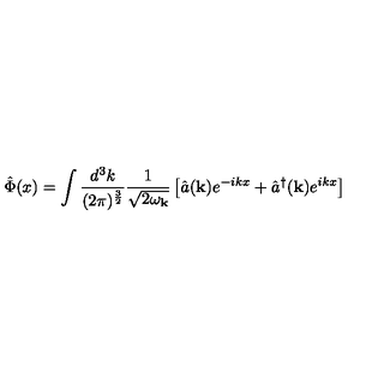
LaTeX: \hat { \Phi } ( x ) = \int \frac { d ^ { 3 } k } { ( 2 \pi ) ^ { \frac { 3 } { 2 } } } \frac { 1 } { \sqrt { 2 \omega _ { \bf k } } } \left[ \hat { a } ( { \bf k } ) e ^ { - i k x } + \hat { a } ^ { \dagger } ( { \bf k } ) e ^ { i k x } \right] \